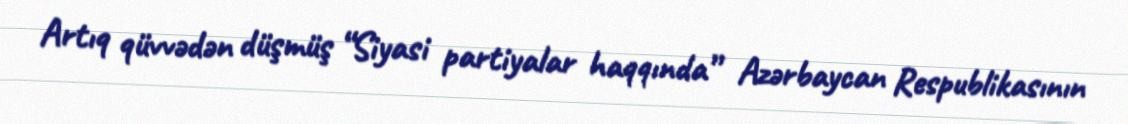
Artıq qüvvədən düşmüş “Siyasi partiyalar haqqında” Azərbaycan Respublikasının